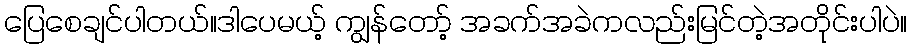
ပြေစေချင်ပါတယ်။ဒါပေမယ့် ကျွန်တော့် အခက်အခဲကလည်းမြင်တဲ့အတိုင်းပါပဲ။